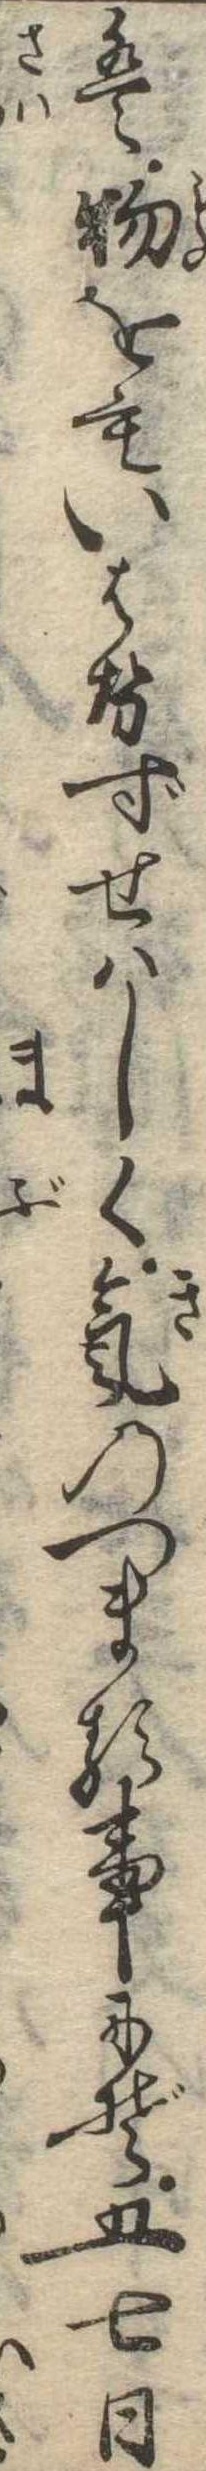
は物をもいはせずせはしく気のつまる事にぞ五七日